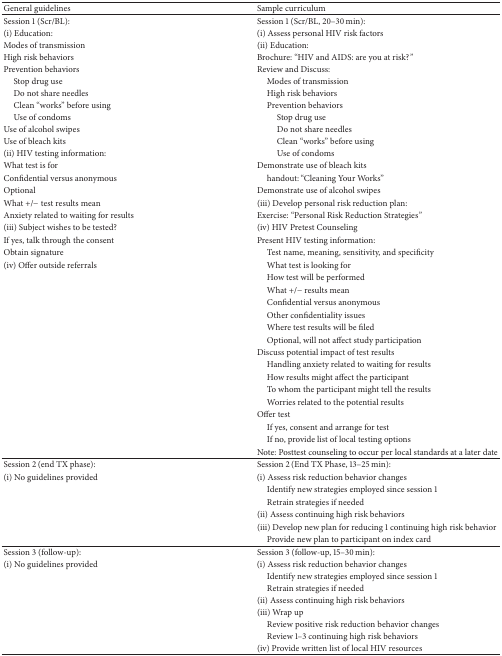
| General guidelines | Sample curriculum |
 | --- | --- |
 | Session 1 (Scr/BL): | Session 1 (Scr/BL, 20–30 min): |
 | (i) Education: | (i) Assess personal HIV risk factors |
 | Modes of transmission | (ii) Education: |
 | High risk behaviors | Brochure: “HIV and AIDS: are you at risk?” |
 | Prevention behaviors | Review and Discuss: |
 | Stop drug use | Modes of transmission |
 | Do not share needles | High risk behaviors |
 | Clean “works” before using | Prevention behaviors |
 | Use of condoms | Stop drug use |
 | Use of alcohol swipes | Do not share needles |
 | Use of bleach kits | Clean “works” before using |
 | (ii) HIV testing information: | Use of condoms |
 | What test is for | Demonstrate use of bleach kits |
 | Confidential versus anonymous | handout: “Cleaning Your Works” |
 | Optional | Demonstrate use of alcohol swipes |
 | What +/− test results mean | (iii) Develop personal risk reduction plan: |
 | Anxiety related to waiting for results | Exercise: “Personal Risk Reduction Strategies” |
 | (iii) Subject wishes to be tested? | (iv) HIV Pretest Counseling |
 | If yes, talk through the consent | Present HIV testing information: |
 | Obtain signature | Test name, meaning, sensitivity, and specificity |
 | (iv) Offer outside referrals | What test is looking for |
 |  | How test will be performed |
 |  | What +/− results mean |
 |  | Confidential versus anonymous |
 |  | Other confidentiality issues |
 |  | Where test results will be filed |
 |  | Optional, will not affect study participation |
 |  | Discuss potential impact of test results |
 |  | Handling anxiety related to waiting for results |
 |  | How results might affect the participant |
 |  | To whom the participant might tell the results |
 |  | Worries related to the potential results |
 |  | Offer test |
 |  | If yes, consent and arrange for test |
 |  | If no, provide list of local testing options |
 |  | Note: Posttest counseling to occur per localstandards at a later date |
 | Session 2 (end TX phase): | Session 2 (End TX Phase, 13–25 min): |
 | (i) No guidelines provided | (i) Assess risk reduction behavior changes |
 |  | Identify new strategies employed since session 1 |
 |  | Retrain strategies if needed |
 |  | (ii) Assess continuing high risk behaviors |
 |  | (iii) Develop new plan for reducing 1 continuing highrisk behavior |
 |  | Provide new plan to participant on index card |
 | Session 3 (follow-up): | Session 3 (follow-up, 15–30 min): |
 | (i) No guidelines provided | (i) Assess risk reduction behavior changes |
 |  | Identify new strategies employed since session 1 |
 |  | Retrain strategies if needed |
 |  | (ii) Assess continuing high risk behaviors |
 |  | (iii) Wrap up |
 |  | Review positive risk reduction behavior changes |
 |  | Review 1–3 continuing high risk behaviors |
 |  | (iv) Provide written list of local HIV resources |